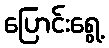
ပြောင်းရွေ့